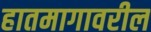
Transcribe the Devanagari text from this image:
हातमागावरील